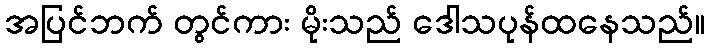
အပြင်ဘက် တွင်ကား မိုးသည် ဒေါသပုန်ထနေသည်။